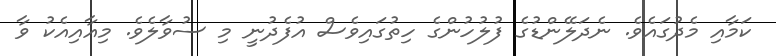
ކަމާއި މެދުގައެވެ. ނެދަލޭންޑުގެ ފުލުހުންގެ ހިތުގައިވެސް އުފެދުނީ މި ސުވާލެވެ. މިއާއިއެކު ވާ